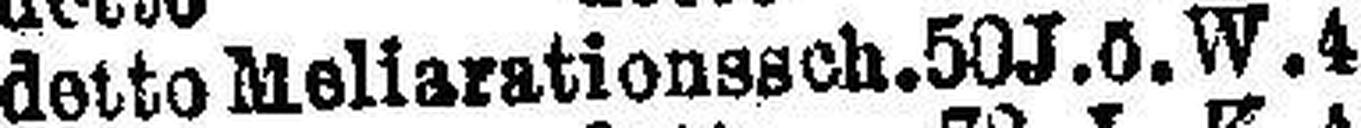
detto Meliarationssch. 50J. ö. W. 4